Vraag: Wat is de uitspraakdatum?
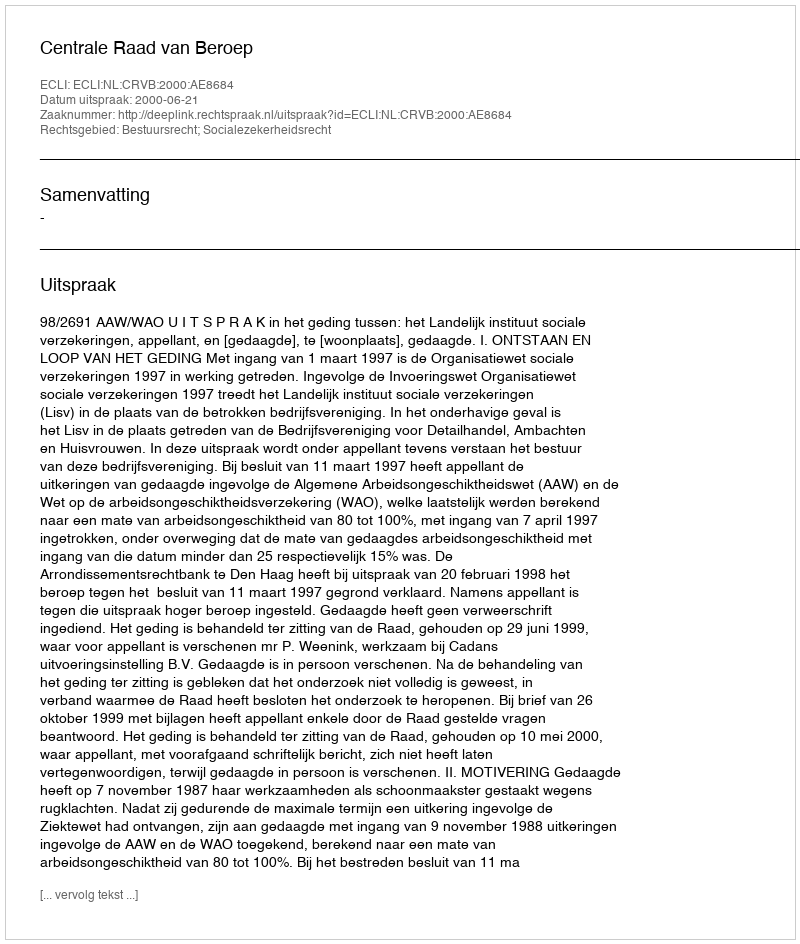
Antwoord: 2000-06-21